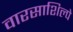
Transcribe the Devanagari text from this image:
वारसाशिल्पे